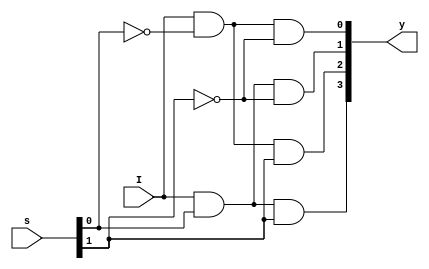
`timescale 1ns / 1ps
//////////////////////////////////////////////////////////////////////////////////
// Company: 
// Engineer: 
// 
// Design Name: 
// Module Name: demux1to4
// Project Name: 
// Target Devices: 
// Tool Versions: 
// Description: 
// 
// Dependencies: 
// 
// Revision:
// Revision 0.01 - File Created
// Additional Comments:
// 
//////////////////////////////////////////////////////////////////////////////////


module demux1to4(
  input [1:0]s,
  input I,
  output [3:0] y);
 assign y[0]=I&~s[0]&~s[1];
 assign y[1]=I&s[0]&~s[1];
 assign y[2]=I&~s[0]&s[1];
 assign y[3]=I&s[0]&s[1];
 endmodule